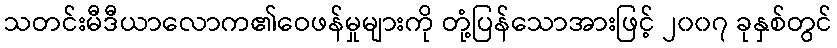
သတင်းမီဒီယာလောက၏ဝေဖန်မှုများကို တုံ့ပြန်သောအားဖြင့် ၂၀၀၇ ခုနှစ်တွင်